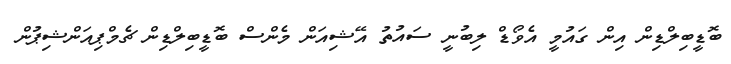
ބޮޑީބިލްޑިން އިން ގައުމީ އެވޯޑް ލިބުނީ ސައުތު އޭޝިއަން މެންސް ބޮޑީބިލްޑިން ޗެމްޕިއަންޝިޕުން